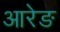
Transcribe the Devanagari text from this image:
आरेङ